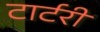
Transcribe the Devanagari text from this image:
टार्टरी